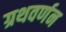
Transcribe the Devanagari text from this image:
ग्रथवर्णन